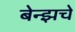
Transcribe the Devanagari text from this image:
बेन्झचे